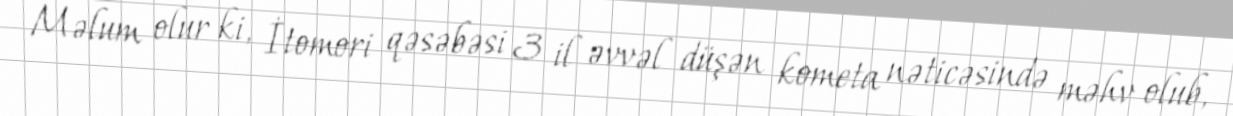
Məlum olur ki, İtomori qəsəbəsi 3 il əvvəl düşən kometa nəticəsində məhv olub,